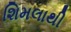
શિમલાથી